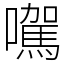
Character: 𡃉